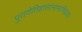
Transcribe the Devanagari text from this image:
पुराणेतिहासानामाभिप्रायः